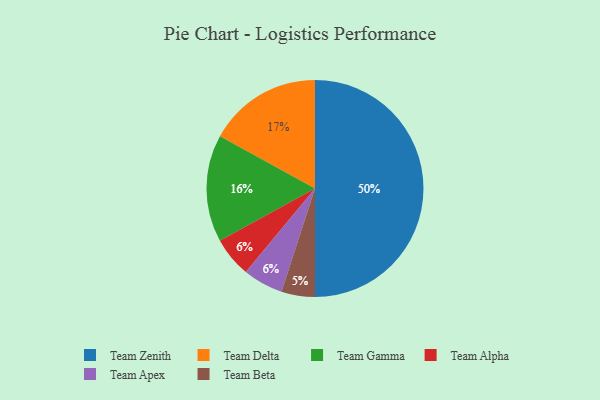
{"axis": {"x": "Category", "y": "Percentage"}, "legend": ["Team Alpha", "Team Apex", "Team Beta", "Team Delta", "Team Gamma", "Team Zenith"], "data": [{"x": "Team Zenith", "y": 50, "type": "Team Zenith"}, {"x": "Team Delta", "y": 17, "type": "Team Delta"}, {"x": "Team Gamma", "y": 16, "type": "Team Gamma"}, {"x": "Team Alpha", "y": 6, "type": "Team Alpha"}, {"x": "Team Apex", "y": 6, "type": "Team Apex"}, {"x": "Team Beta", "y": 5, "type": "Team Beta"}]}